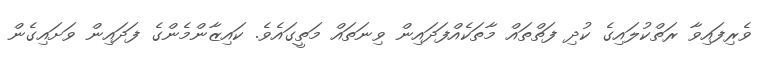
ވެރިފައިވާ ރަތްކުލައިގެ ކުދި ފަތްތައް މާތަކެއްފަދައިން ވިނަތައް މަތީގައެވެ. ކައިޒާންމެންގެ ފަދައިން ވަށައިގެން